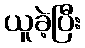
ယူခဲ့ပြီး